Scottish Leaving Certificate Examination, 1957
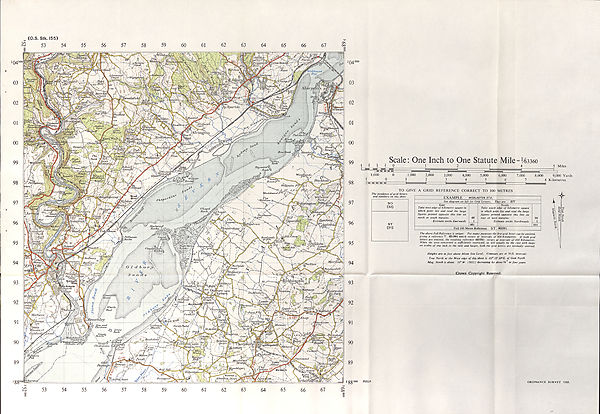
(O.S. Stk. 155)
53
54
2O4000
03
02
01
00
99
98
97
96
95
94
93
92
91
90
89
'88 001
Scale: One Inch to One Statute Mile = 143360
Miles
I H H H
9,000 Yards
Kilometres
TO GIVE A GRID REFERENCE CORRECT TO 100 METRES
The incidence of grid letters
and numbers on this sheet
The above Full Reference is unique. For many purposes the first grid letter can be omitted,
giving a reference T 601991 which recurs at intervals of 500 Kilometres. If both grid
letters are omitted, the resulting reference 601991 recurs at intervals of 100 Kilometres.
When the area concerned is sufficiently restricted, as will usually be the case with maps
on scales of one inch to the mile and larger, both the grid letters are normally omitted.
SO
(32)
ST
(31)
EXAMPLE W00LAST0N STA.
See diagram on left for Grid Letters. They are ST
East
Take west edge of kilometre square in
which point lies and read the large
figures printed opposite this line on
north or south margins.
Estimate tenths Eastwards
60
1
601
North
Take south edge of kilometre square
in which point lies and read the large
figures printed opposite this line on
east or west margins.
Estimate tenths Northwards
99
1
991
Full 100 Metre Reference ST 601991
Heights are in feet above Mean Sea Level. Contours are at 50ft. intervals
True North at the West edge of this sheet is 00° 32' 39"E. of Grid North
Mag. North is about 10° W. (1955) decreasing by about Vi 0 in four years
Crown Copyright Reserved.
3931/A
ORDNANCE SURVEY 1955.